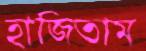
হাজিতাম